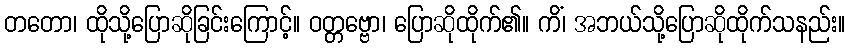
တတော၊ ထိုသို့ပြောဆိုခြင်းကြောင့်။ ဝတ္တဗ္ဗော၊ ပြောဆိုထိုက်၏။ ကိံ၊ အဘယ်သို့ပြောဆိုထိုက်သနည်း။